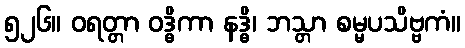
၅၂၆။ ဝရတ္တာ ဝဒ္ဓိကာ နဒ္ဓိ၊ ဘသ္တာ စမ္မပသိဗ္ဗကံ။